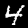
Label: 4